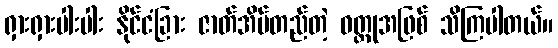
ရှားရှားပါးပါး နိုင်ငံခြား ဇာတ်အိမ်တည်တဲ့ ဝတ္ထုအဖြစ် သိကြပါတယ်။